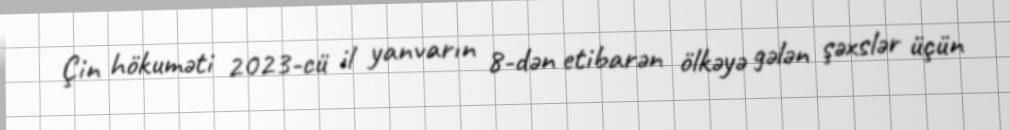
Çin hökuməti 2023-cü il yanvarın 8-dən etibarən ölkəyə gələn şəxslər üçün